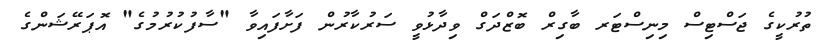
ތުރުކީގެ ޖަސްޓިސް މިނިސްޓަރ ބާގިރް ބޮޒްދަގް ވިދާޅުވީ ސަރުކާރުން ފަށާފައިވާ "ސާފުކުރުމުގެ" އޮޕަރޭޝަންގެ